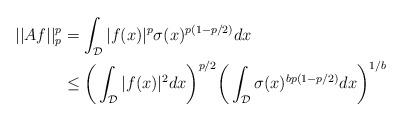
LaTeX: \begin{align*} ||Af||_{p}^p &= \int_{\mathcal{D}} |f(x)|^p\sigma(x)^{p(1-p/2)}dx \\ &\leq \bigg(\int_{\mathcal{D}}|f(x)|^2dx\bigg)^{p/2}\bigg(\int_{\mathcal{D}}\sigma(x)^{bp(1-p/2)}dx\bigg)^{1/b}\end{align*}